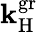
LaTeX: \mathbf{k}_{\mathrm{{H}}}^{\mathrm{{gr}}}